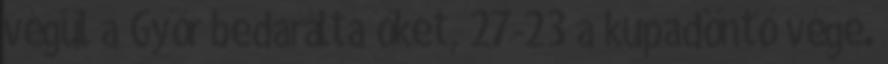
végül a Győr bedarálta őket, 27-23 a kupadöntő vége.